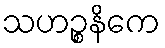
သဟဉ္စနိကေ